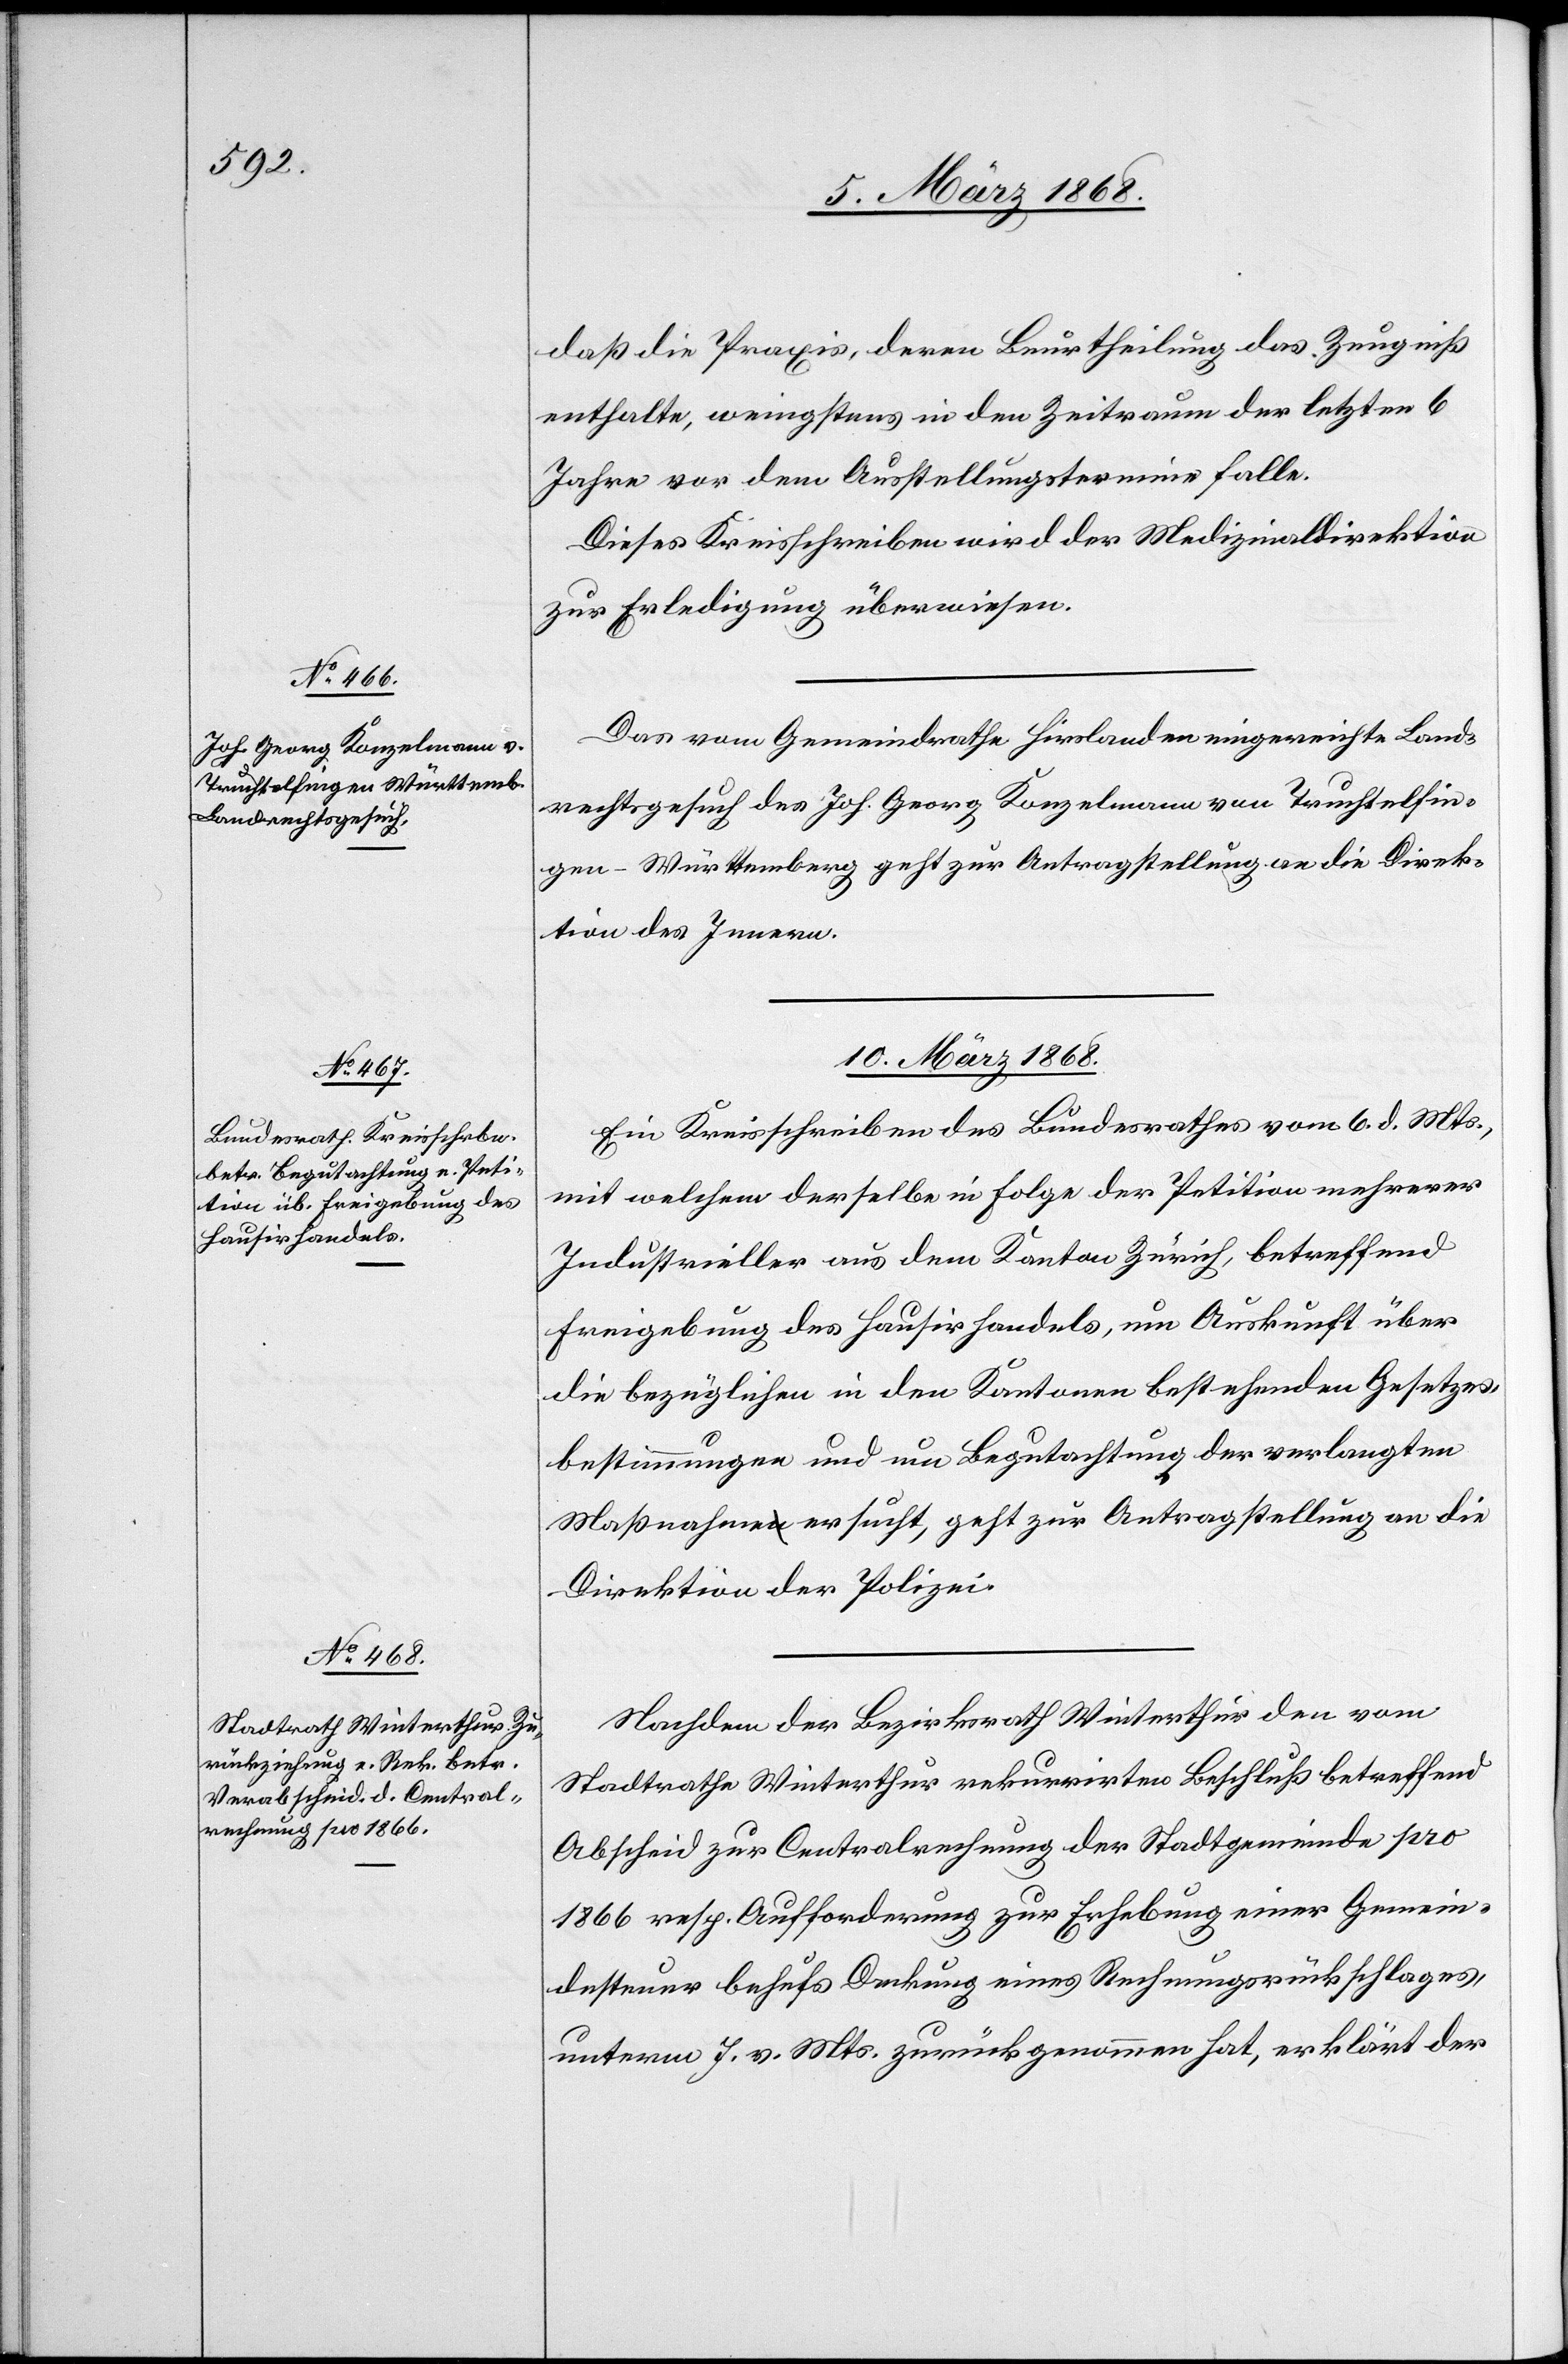
9. März 1868.]
Das vom Gemeindrathe Hirslanden eingereichte Land¬
rechtsgesuch des Joh. Georg Konzelmann von Truchtelfin¬
gen-Württemberg geht zur Antragstellung an die Direk¬
tion des Innern.
10. März 1868.]
Ein Kreisschreiben des Bundesrathes vom 6. d. Mts.,
mit welchem derselbe in Folge der Petition mehrerer
Industrieller aus dem Kanton Zürich, betreffend
Freigebung des Hausirhandels, um Auskunft über
die bezüglichen in den Kantonen bestehenden Gesetzes¬
bestimmungen und um Begutachtung der verlangten
Maßnahme ersucht, geht zur Antragstellung an die
Direktion der Polizei.
Nachdem der Bezirksrath Winterthur den vom
Stadtrathe Winterthur rekurrirten Beschluß betreffend
Abscheid zur Centralrechnung der Stadtgemeinde pro
1866 resp. Aufforderung zur Erhebung einer Gemein¬
desteuer behufs Deckung eines Rechnungsrückschlages,
unterm 7. v. Mts. zurückgenommen hat, erklärt der